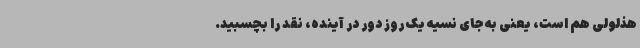
هذلولی هم است، یعنی به جای نسیه یک روز دور در آینده، نقد را بچسبید.